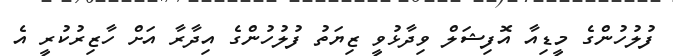
ފުލުހުންގެ މީޑިއާ އޮފިޝަލް ވިދާޅުވީ ޒިޔަތު ފުލުހުންގެ އިދާރާ އަށް ހާޒިރުކުރީ އެ